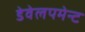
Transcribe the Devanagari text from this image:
डेवेलपमेन्ट